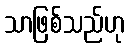
သာဖြစ်သည်ဟု